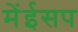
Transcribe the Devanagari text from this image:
मेंईसप